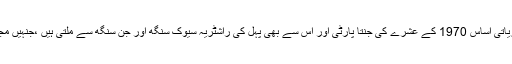
بی جے پی گو کہ صرف چالیس سال پرانی ہے مگر اس کی نظریاتی اساس 1970 کے عشرے کی جنتا پارٹی اور اس سے بھی پہل کی راشٹریہ سیوک سنگھ اور جن سنگھ سے ملتی ہیں ،جنہیں مجموعی طور پر سنگھ پریوار دیا جن سنگھ کا خاندان کہا جاتا ہے۔